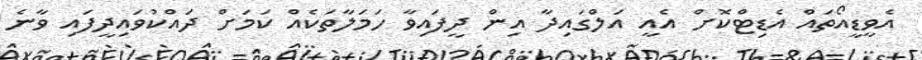
އެވީޑީއޯތައް އެޑިޓްކޮށް އެއީ އަލްގައިދާ އިން ދީފައިވާ ހަމަލާތަކެއް ކަމަށް ދައްކުވައިދީފައި ވާނެ